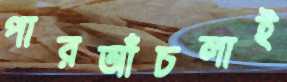
পারআঁচলাই